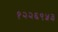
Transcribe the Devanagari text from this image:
१२२६९५३